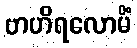
ဗာဟိရလောမိံ